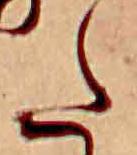
た